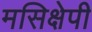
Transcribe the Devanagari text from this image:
मसिक्षेपी